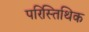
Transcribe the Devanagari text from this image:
परिस्तिथिक